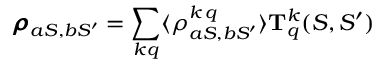
\pmb { \rho } _ { a S , b S ^ { \prime } } = \sum _ { k q } \langle \rho _ { a S , b S ^ { \prime } } ^ { k \, q } \rangle \mathbf { T } _ { q } ^ { k } ( S , S ^ { \prime } )